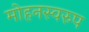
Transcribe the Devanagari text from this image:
मोहनस्वरुप